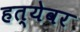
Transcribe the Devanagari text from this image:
हत्येवर